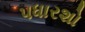
પધારશો